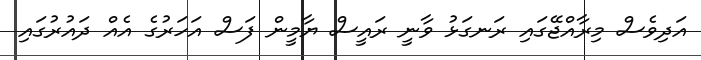
އަދިވެސް މިރާއްޖޭގައި ރަނގަޅު ވާނީ ރައީސް ޔާމީން ފަސް އަހަރުގެ އެއް ދައުރުގައި